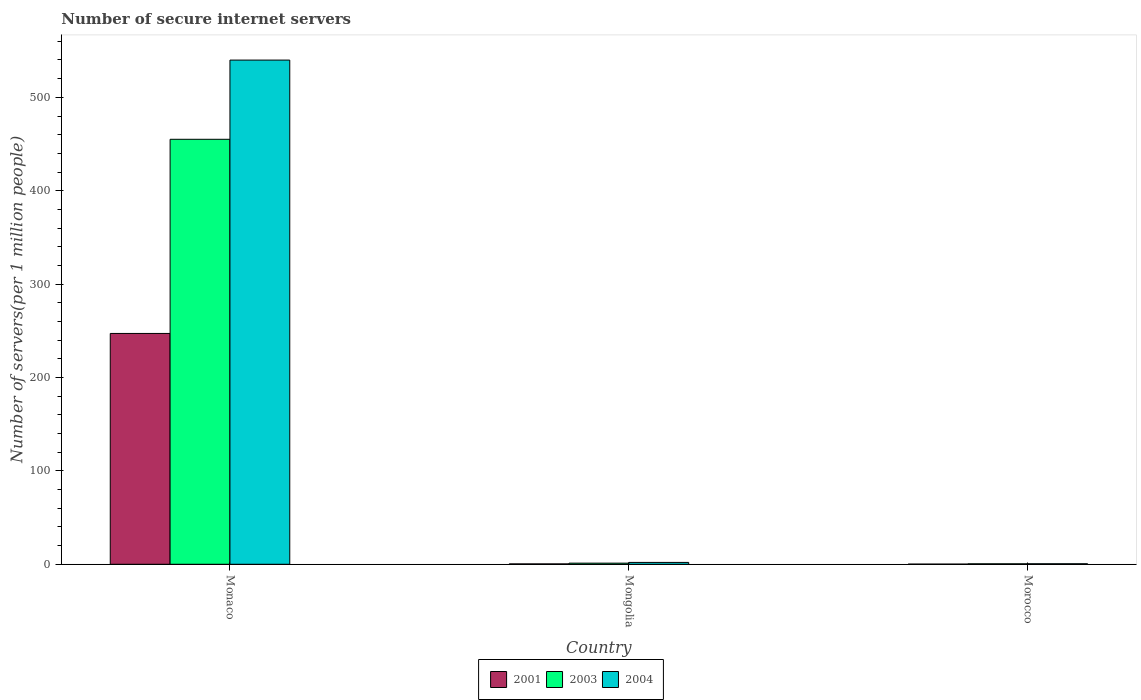
| Country | 2001 | 2003 | 2004 |
 | --- | --- | --- | --- |
 | Monaco | 247 | 455 | 540 |
 | Mongolia | 0.413 | 1.22 | 2 |
 | Morocco | 0.171 | 0.503 | 0.565 |